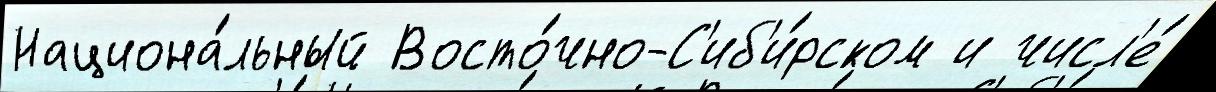
Национа́льный Восто́чно-С'иб'и́рском и числ'е́